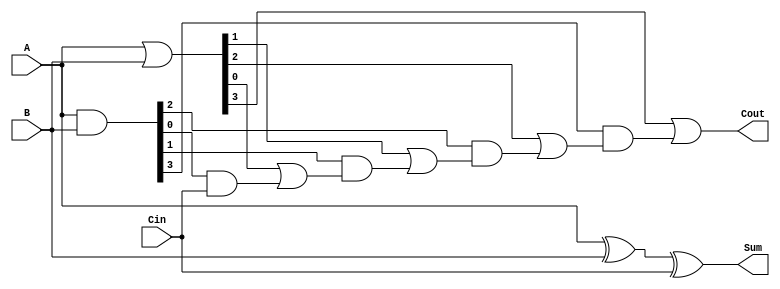
module carry_lookahead_adder (
  input wire [3:0] A,
  input wire [3:0] B,
  input wire Cin,
  output wire [3:0] Sum,
  output wire Cout
);

wire [3:0] P, G;
wire [3:0] C;

assign P = A & B;
assign G = A | B;
assign C[0] = Cin;

generate
  genvar i;
  for (i = 1; i < 4; i = i + 1) begin
    assign C[i] = G[i-1] | (P[i-1] & C[i-1]);
  end
endgenerate

assign Sum = A ^ B ^ Cin;
assign Cout = G[3] | (P[3] & C[3]);

endmodule